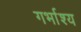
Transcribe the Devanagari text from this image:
गर्भाश्य